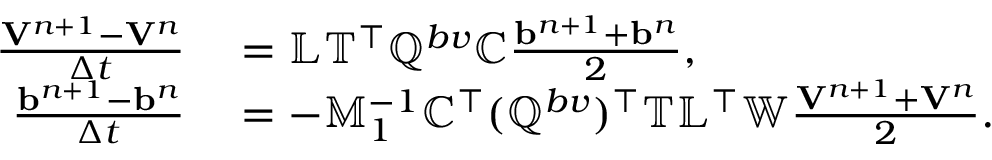
\begin{array} { r l } { \frac { { \mathbf V } ^ { n + 1 } - { \mathbf V } ^ { n } } { \Delta t } } & { { } = \mathbb { L } \mathbb { T } ^ { \top } \mathbb { Q } ^ { b v } \mathbb { C } \frac { { \mathbf b } ^ { n + 1 } + { \mathbf b } ^ { n } } { 2 } , } \\ { \frac { { \mathbf b } ^ { n + 1 } - { \mathbf b } ^ { n } } { \Delta t } } & { { } = - \mathbb { M } _ { 1 } ^ { - 1 } \mathbb { C } ^ { \top } ( \mathbb { Q } ^ { b v } ) ^ { \top } \mathbb { T } \mathbb { L } ^ { \top } \mathbb { W } \frac { { \mathbf V } ^ { n + 1 } + { \mathbf V } ^ { n } } { 2 } . } \end{array}